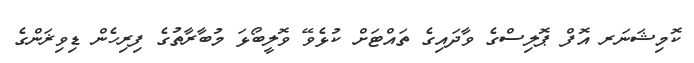
ކޮމިޝަނަރ އޮފް ޕޮލިސްގެ ވާދައިގެ ތައްޓަށް ކުޅެވޭ ވޮލީބޯޅަ މުބާރާތުގެ ފިރިހެން ޑިވިޜަންގެ